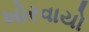
ખોરવાયો